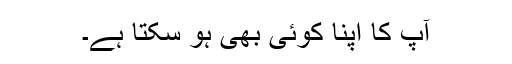
آپ کا اپنا کوئی بھی ہو سکتا ہے۔